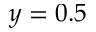
y = 0 . 5